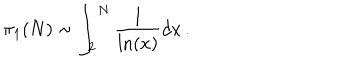
\pi _ { 1 } ( N ) \sim \int _ { 2 } ^ { N } \frac { 1 } { \ln ( x ) } d x \, .